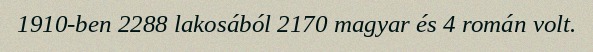
1910-ben 2288 lakosából 2170 magyar és 4 román volt.